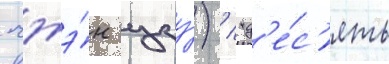
чжэ́н цзу́) / "д'е́с'ять